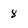
Character: 8